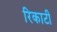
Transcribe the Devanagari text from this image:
रिकाटी